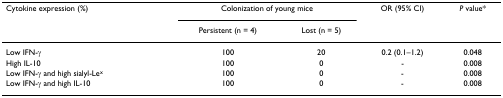
<table><thead><tr><td><b>Cytokine expression (%)</b></td><td colspan="2"><b>Colonization of young mice</b></td><td><b>OR (95% CI)</b></td><td><b><i>P </i>value*</b></td></tr><tr><td></td><td><b>Persistent (n = 4)</b></td><td><b>Lost (n = 5)</b></td><td></td><td></td></tr></thead><tbody><tr><td>Low IFN-γ</td><td>100</td><td>20</td><td>0.2 (0.1–1.2)</td><td>0.048</td></tr><tr><td>High IL-10</td><td>100</td><td>0</td><td>-</td><td>0.008</td></tr><tr><td>Low IFN-γ and high sialyl-Le<sup>x</sup></td><td>100</td><td>0</td><td>-</td><td>0.008</td></tr><tr><td>Low IFN-γ and high IL-10</td><td>100</td><td>0</td><td>-</td><td>0.008</td></tr></tbody></table>